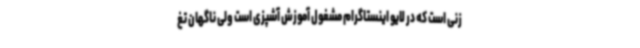
زنی است که در لایو اینستاگرام مشغول آموزش آشپزی است ولی ناگهان تغ